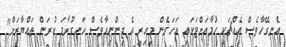
އެނގޭހާވެސް އެއްޗަކީ ހުމާއަށްޓަކައި އަހަރެން މިހިރީ އެ ޖިންނިއާވެސް ހަނގުރާމަ ކުރަން ތައްޔާރަށް"